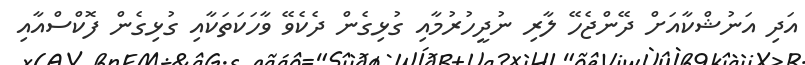
އަދި އަނުޝްކާއަށް ދޭންޖެހޭ ލާރި ނުދީހުރުމާއި ގުޅިގެން ދެކެވޭ ވާހަކަތަކާއި ގުޅިގެން ފޮކްސްއާއި